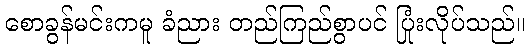
စောခွန်မင်းကမူ ခံညား တည်ကြည်စွာပင် ပြုံးလိုပ်သည်။